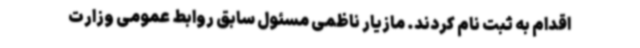
اقدام به ثبت نام کردند. مازیار ناظمی مسئول سابق روابط عمومی وزارت